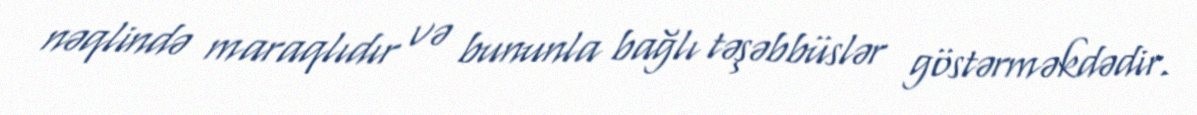
nəqlində maraqlıdır və bununla bağlı təşəbbüslər göstərməkdədir.